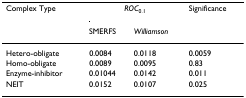
<table><thead><tr><td><b>Complex Type</b></td><td colspan="2"><b><i>ROC</i><sub>0.1</sub></b></td><td><b>Significance</b></td></tr><tr><td></td><td><b>SMERFS</b></td><td><b><i>Williamson</i></b></td><td></td></tr></thead><tbody><tr><td>Hetero-obligate</td><td>0.0084</td><td>0.0118</td><td>0.0059</td></tr><tr><td>Homo-obligate</td><td>0.0089</td><td>0.0095</td><td>0.83</td></tr><tr><td>Enzyme-inhibitor</td><td>0.01044</td><td>0.0142</td><td>0.011</td></tr><tr><td>NEIT</td><td>0.0152</td><td>0.0107</td><td>0.025</td></tr></tbody></table>